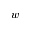
w